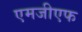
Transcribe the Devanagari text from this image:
एमजीएफ